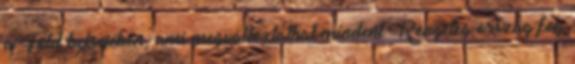
a Föld belsejében, ami megváltoztathat mindent Rengeteg ország fog